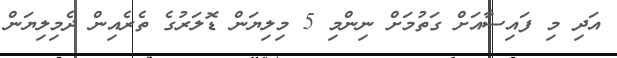
އަދި މި ފައިސާއަށް ގަތުމަށް ނިންމި 5 މިލިޔަން ޑޮލަރުގެ ތެރެއިން ދެމިލިޔަން